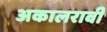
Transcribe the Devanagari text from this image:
अकालरावी